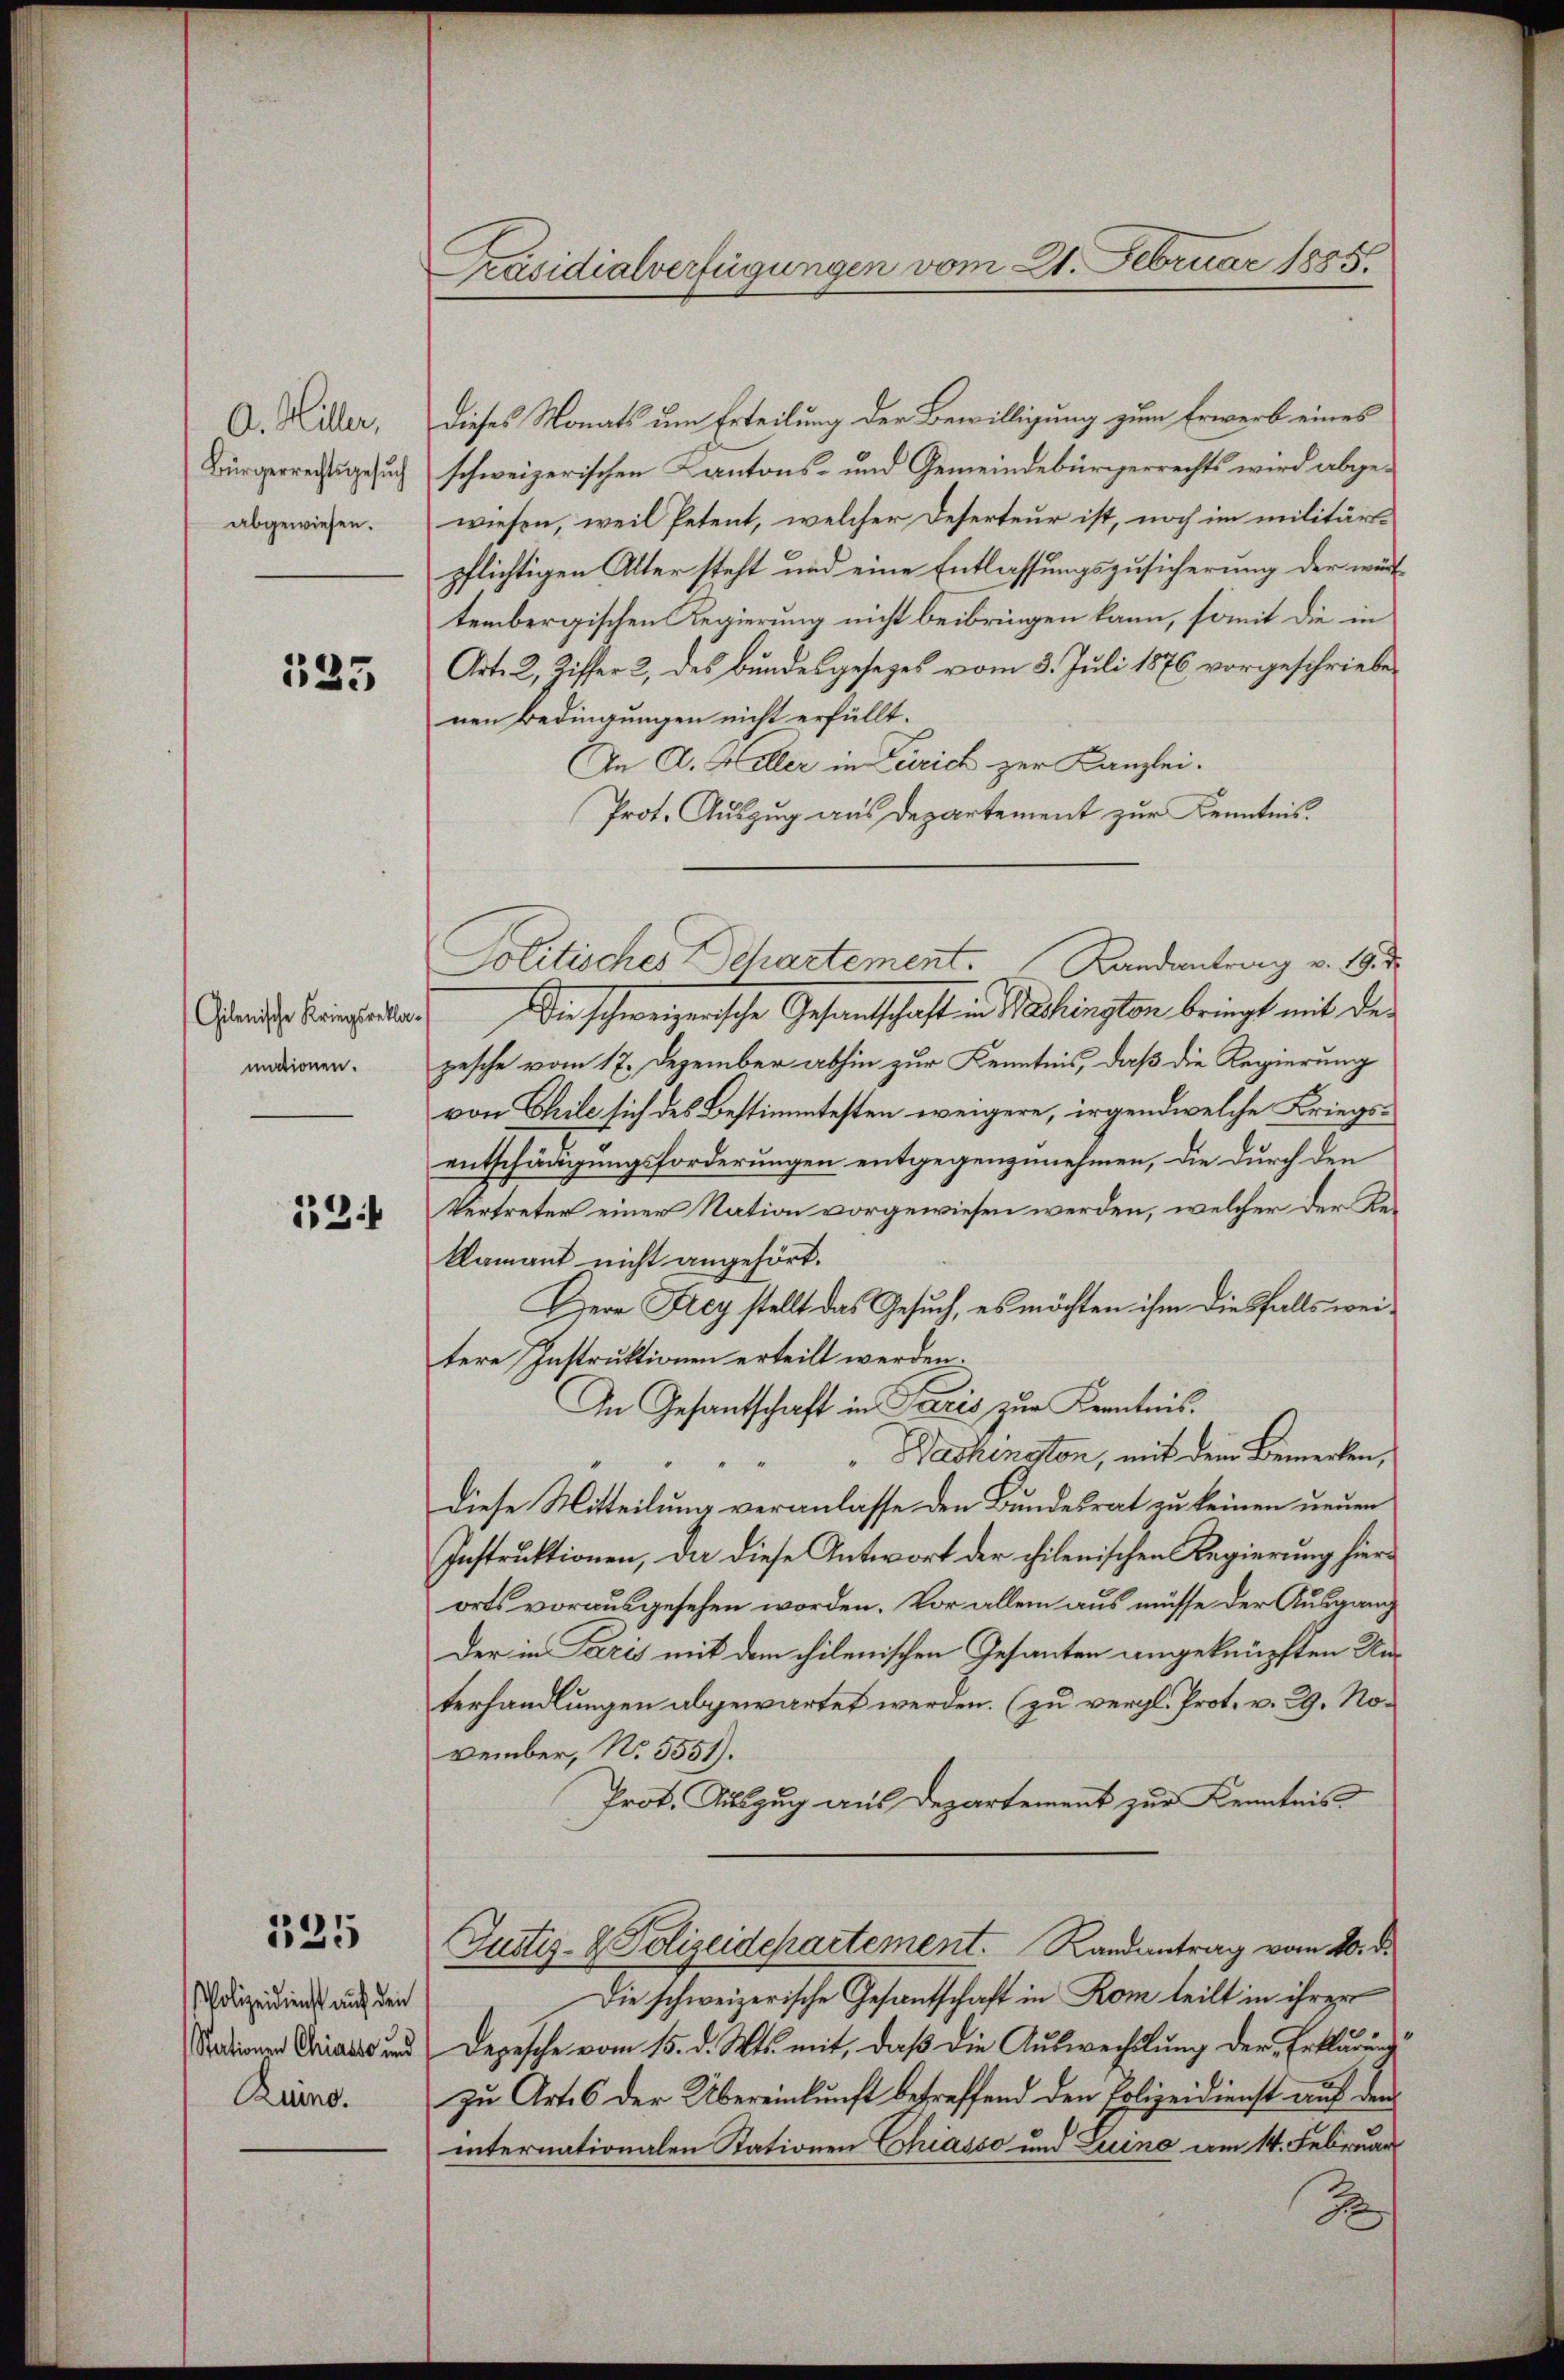
A. Hiller,
Bürgerrechtsgesŭch
abgewiesen.

135

Gilenische Kriegsratha.
mationen.

13

535

Polizeidienst auf den
Ruind.

Präsidialverfügungen vom 21. Februar 1885.

dieses Monats um Erteilung der Bewilligung zum Erwerb eines
schweizerischen Kantons- und Gemeindebürgerrechts wird abgewiesen, weil Petent, welcher Deserteur ist, noch im militärtpflichtigen Alter steht und eine Entlassungszusicherung der württembergischen Regierung nicht beibringen kann, somit die in
Art. 2, Ziffer 2, des Bundesgesezes vom 3. Juli 1876 vorgeschriebenen Bedingungen nicht erfüllt.
AAn A. Heller in Terrich zur Kanzlei.
Prot. Auszug aus Departement zur Kenntnis.
Politisches Departement. Landantrag v. 19.
Die schweizerische Gesandtschaft in Bachington bringt mit der
pesche vom 17. Dezember abhin zur Kenntnis, daß die Regierung
von Chile sich des Bestimmtesten weigere, irgendwelche Kriegsentschädigungsforderungen entgegenzunehmen, die durch den
Vertreter einer Nation vorgewiesen werden, welcher der Reklamant nicht angehört.
Hiere Frey stellt das Gesuch, es möchten ihm diesfalls weitere Instruktionen erteilt werden.
In Gesantschaft in Pacis zur Kenntnis.
Wackenston, mit dem Bemerken,
diese Mitteilung veranlasse den Bundesrat zu keinen neuen
Instruktionen, da diese Antwort der chilenischen Regierung hierorts vorausgesehen worden. Vor allem aus müsse der Ausgang
der in Paris mit dem chilenischen Gesanten angeknüpften Auterhandlungen abgewartet werden. (zu vergl. Prot. v. 29. November, No. 5551).
Prot. Auszug aus Departement zur Kenntnis
Justiz- & Polizeidepartement. Randantrag vom 20. d.
Die schweizerische Gesantschaft in Rom teilt in ihrer
Sadiner Griae und Depesche vom 15. d. Mts. mit, daβ die Aŭswechslung der Erklärung
zu Art. 6 der Übereinkunft betreffend den Polizeidienst auf dem
internationalen Stationen Chiasso und Luino am 14. Februar
S